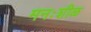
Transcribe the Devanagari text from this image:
मनःशीळ